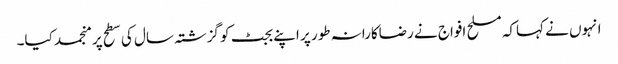
انہوں نے کہاکہ مسلح افواج نے رضاکارانہ طور پر اپنے بجٹ کو گزشتہ سال کی سطح پر منجمد کیا۔